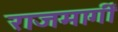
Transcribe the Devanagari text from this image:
राजमार्गीं